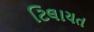
ટિલાયત